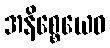
အနိစ္စေယေဝ